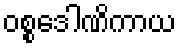
ဝစ္စဒေါဏိကာယ